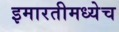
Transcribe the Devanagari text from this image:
इमारतीमध्येच